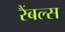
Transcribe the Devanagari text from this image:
रैंबल्स